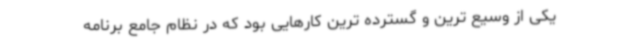
یکی از وسیع ترین و گسترده ترین کارهایی بود که در نظام جامع برنامه